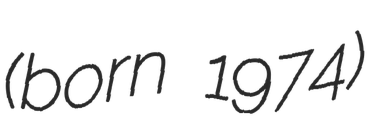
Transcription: (born 1974)